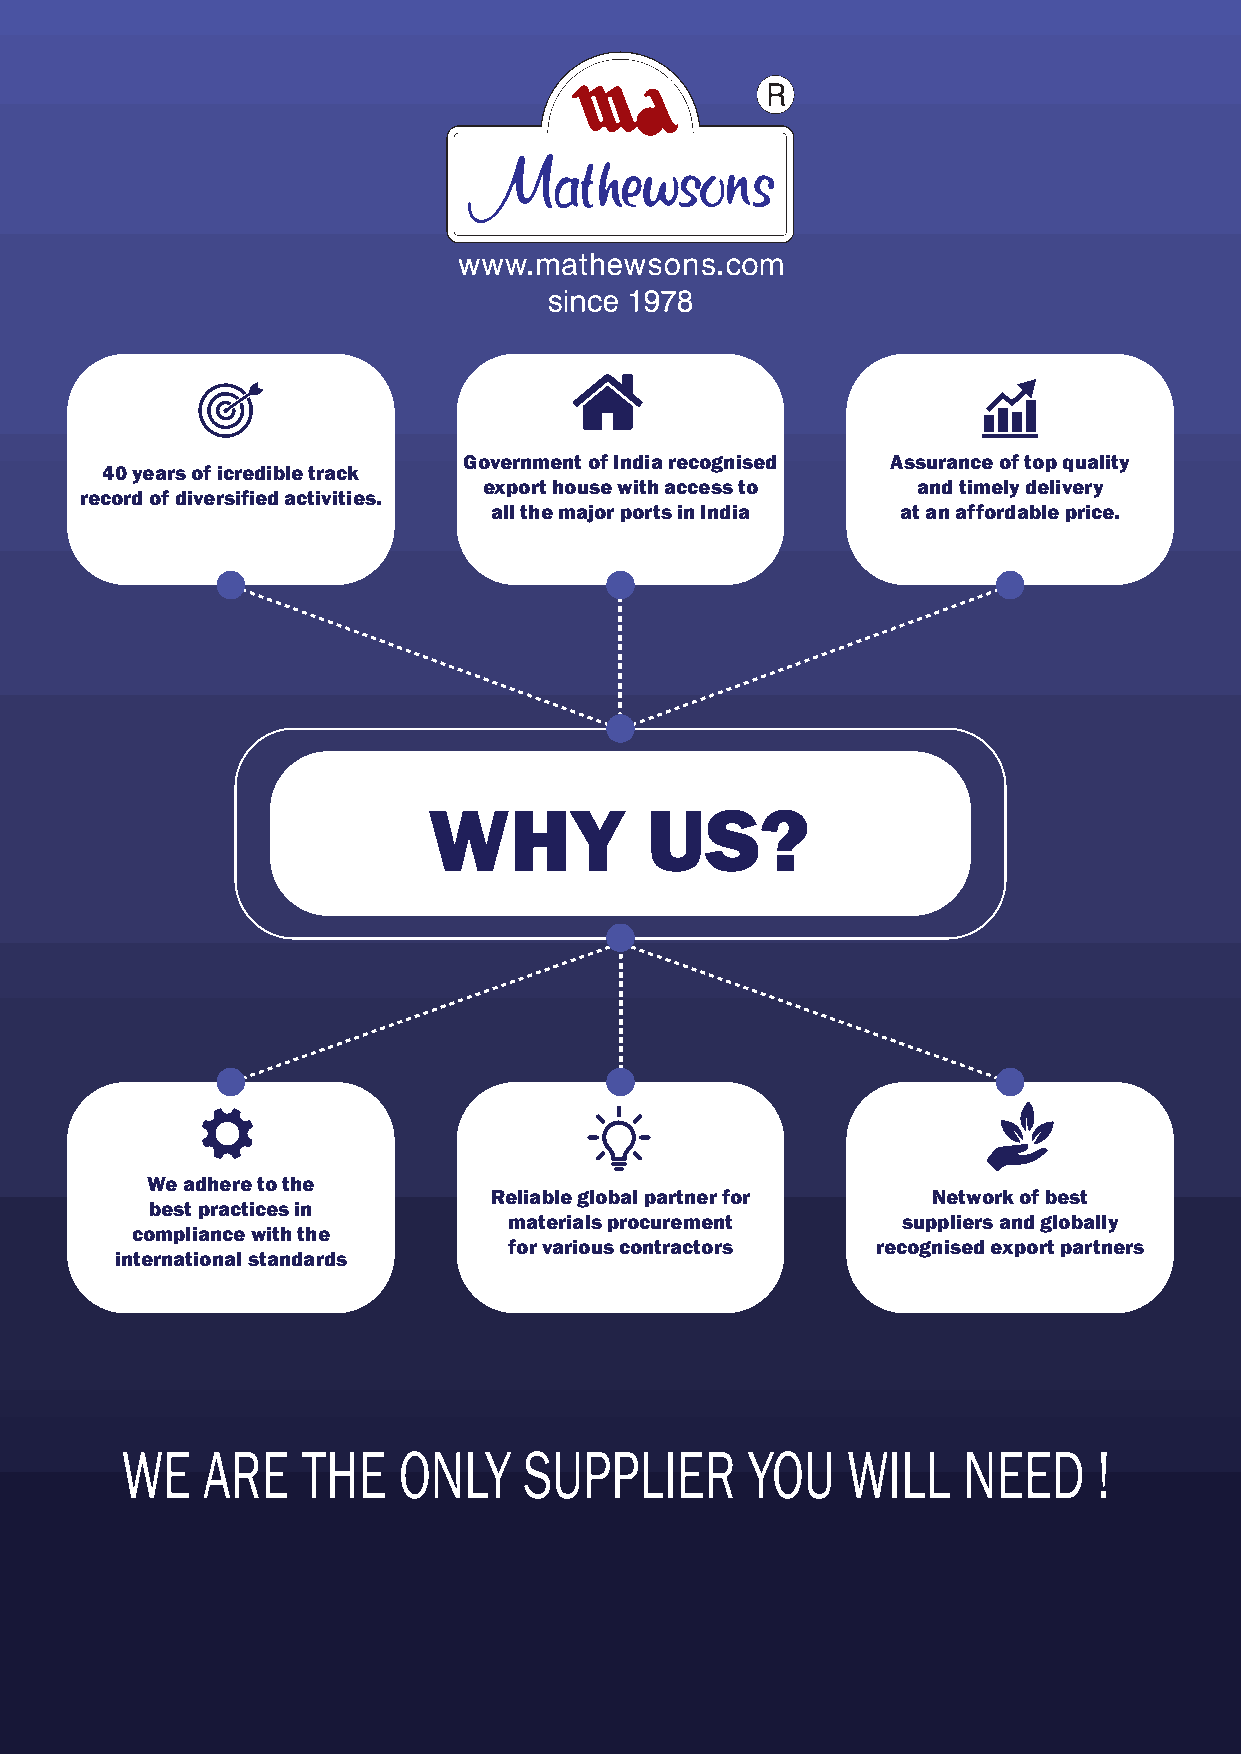
Government of India recognised Assurance of top quality
 40 years of icredible track
 export house with access to  and timely delivery
 record of diversified activities.
 all the major ports in India at an affordable price.
 WHY            US?
 We adhere to the
 Reliable global partner for   Network of best
 best practices in
 materials procurement     suppliers and globally
 compliance with the
 for various contractors recognised export partners
 international standards
 WE   ARE    THE   ONLY     SUPPLIER      YOU    WILL    NEED     !